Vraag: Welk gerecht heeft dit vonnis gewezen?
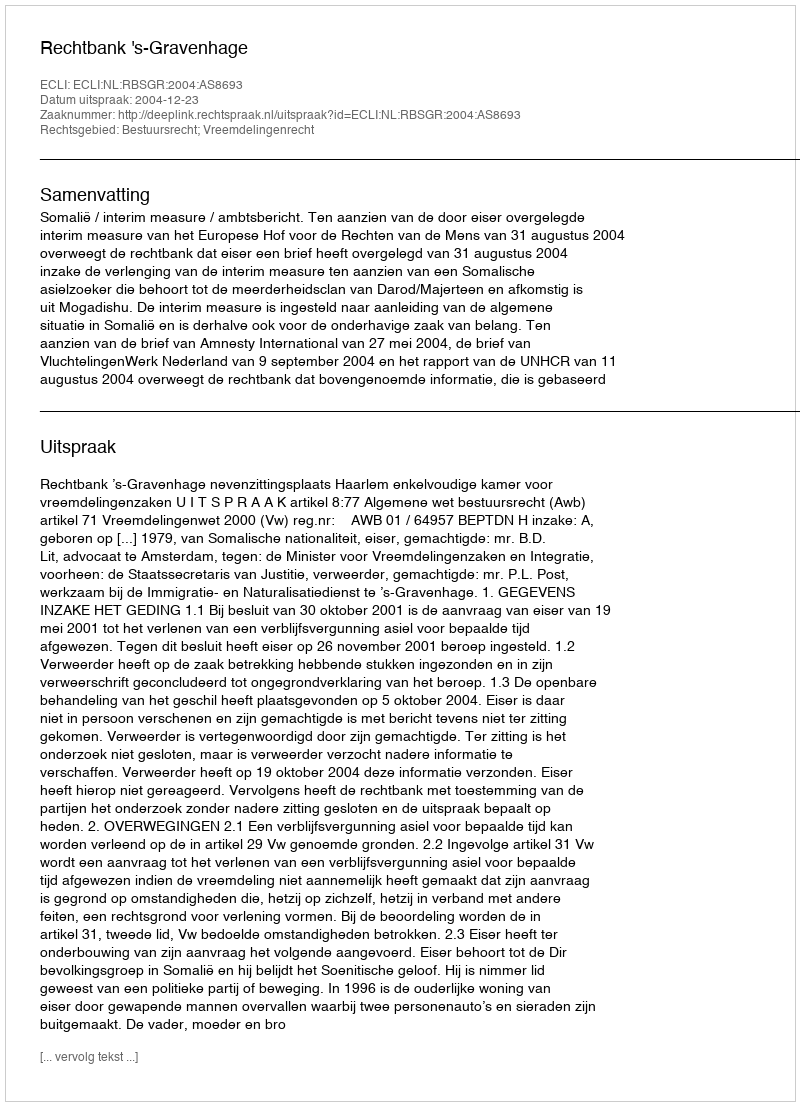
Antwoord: Rechtbank 's-Gravenhage